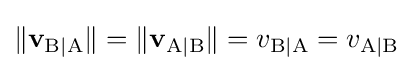
\|\mathbf {v} _{\mathrm {B|A} }\|=\|\mathbf {v} _{\mathrm {A|B} }\|=v_{\mathrm {B|A} }=v_{\mathrm {A|B} }